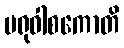
မရုဝါစကောတိ